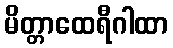
မိတ္တာထေရီဂါထာ